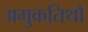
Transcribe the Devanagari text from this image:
अमुकतिथौ